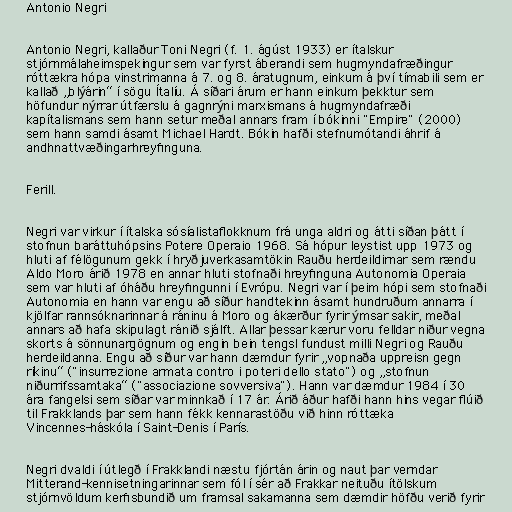
Antonio Negri

Antonio Negri, kallaður Toni Negri (f. 1. ágúst 1933) er ítalskur
stjórnmálaheimspekingur sem var fyrst áberandi sem hugmyndafræðingur
róttækra hópa vinstrimanna á 7. og 8. áratugnum, einkum á því tímabili sem er
kallað „blýárin“ í sögu Ítalíu. Á síðari árum er hann einkum þekktur sem
höfundur nýrrar útfærslu á gagnrýni marxismans á hugmyndafræði
kapítalismans sem hann setur meðal annars fram í bókinni "Empire" (2000)
sem hann samdi ásamt Michael Hardt. Bókin hafði stefnumótandi áhrif á
andhnattvæðingarhreyfinguna.

Ferill.

Negri var virkur í ítalska sósíalistaflokknum frá unga aldri og átti síðan þátt í
stofnun baráttuhópsins Potere Operaio 1968. Sá hópur leystist upp 1973 og
hluti af félögunum gekk í hryðjuverkasamtökin Rauðu herdeildirnar sem rændu
Aldo Moro árið 1978 en annar hluti stofnaði hreyfinguna Autonomia Operaia
sem var hluti af óháðu hreyfingunni í Evrópu. Negri var í þeim hópi sem stofnaði
Autonomia en hann var engu að síður handtekinn ásamt hundruðum annarra í
kjölfar rannsóknarinnar á ráninu á Moro og ákærður fyrir ýmsar sakir, meðal
annars að hafa skipulagt ránið sjálft. Allar þessar kærur voru felldar niður vegna
skorts á sönnunargögnum og engin bein tengsl fundust milli Negri og Rauðu
herdeildanna. Engu að síður var hann dæmdur fyrir „vopnaða uppreisn gegn
ríkinu“ ("insurrezione armata contro i poteri dello stato") og „stofnun
niðurrifssamtaka“ ("associazione sovversiva"). Hann var dæmdur 1984 í 30
ára fangelsi sem síðar var minnkað í 17 ár. Árið áður hafði hann hins vegar flúið
til Frakklands þar sem hann fékk kennarastöðu við hinn róttæka
Vincennes-háskóla í Saint-Denis í París.

Negri dvaldi í útlegð í Frakklandi næstu fjórtán árin og naut þar verndar
Mitterand-kennisetningarinnar sem fól í sér að Frakkar neituðu ítölskum
stjórnvöldum kerfisbundið um framsal sakamanna sem dæmdir höfðu verið fyrir